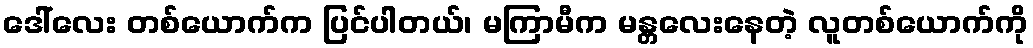
ဒေါ်လေး တစ်ယောက်က ပြင်ပါတယ်၊ မကြာမီက မန္တလေးနေတဲ့ လူတစ်ယောက်ကို